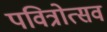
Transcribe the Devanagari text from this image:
पवित्रोत्सव